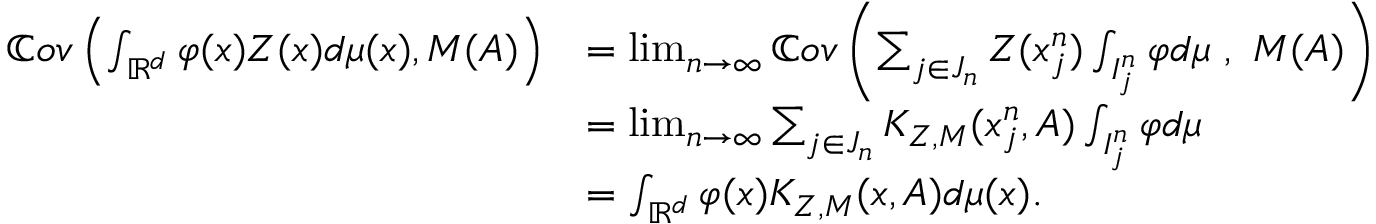
\begin{array} { r l } { \mathbb { C } o v \left( \int _ { \mathbb { R } ^ { d } } \varphi ( x ) Z ( x ) d \mu ( x ) , M ( A ) \right) } & { = \operatorname* { l i m } _ { n \to \infty } \mathbb { C } o v \left( \sum _ { j \in J _ { n } } Z ( x _ { j } ^ { n } ) \int _ { I _ { j } ^ { n } } \varphi d \mu \ , \ M ( A ) \right) } \\ & { = \operatorname* { l i m } _ { n \to \infty } \sum _ { j \in J _ { n } } K _ { Z , M } ( x _ { j } ^ { n } , A ) \int _ { I _ { j } ^ { n } } \varphi d \mu } \\ & { = \int _ { \mathbb { R } ^ { d } } \varphi ( x ) K _ { Z , M } ( x , A ) d \mu ( x ) . } \end{array}